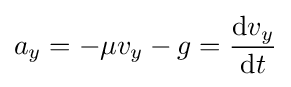
a_{y}=-\mu v_{y}-g={\frac {\mathrm {d} v_{y}}{\mathrm {d} t}}